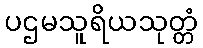
ပဌမသူရိယသုတ္တံ